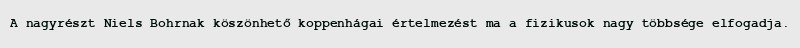
A nagyrészt Niels Bohrnak köszönhető koppenhágai értelmezést ma a fizikusok nagy többsége elfogadja.